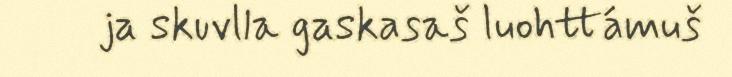
ja skuvlla gaskasaš luohttámuš